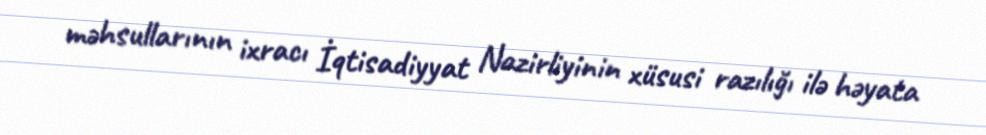
məhsullarının ixracı İqtisadiyyat Nazirliyinin xüsusi razılığı ilə həyata